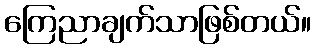
ကြေညာချက်သာဖြစ်တယ်။